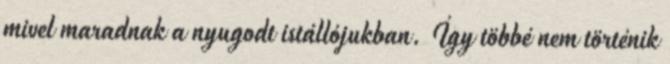
mivel maradnak a nyugodt istállójukban. Így többé nem történik